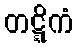
တဋ္ဋိကံ